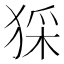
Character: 𤟖